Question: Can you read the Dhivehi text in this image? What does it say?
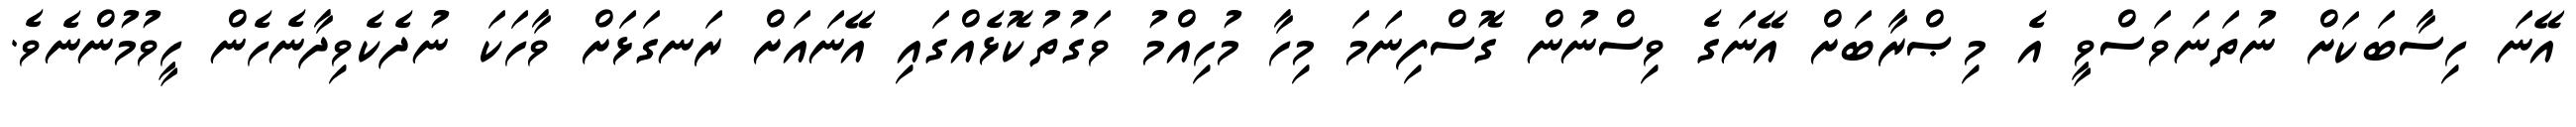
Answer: އޭނަ ހިސާބަކަށް ނުތަނަވަސްވީ އެ މިޞްރާބަށް އޭނަގެ ވިސްނުން ގޮސްފިނަމަ މިހާ މުހިއްމު ވަގުތުކޮޅެއްގައި އޭނައަށް ރަނގަޅަށް ވާހަކަ ނުދެކެވިދާނެހެން ހީވުމުންނެވެ.